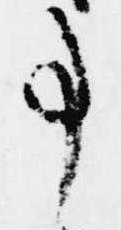
事